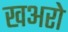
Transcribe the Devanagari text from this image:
खअरो